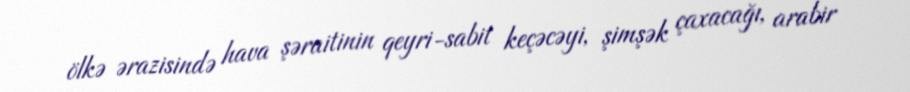
ölkə ərazisində hava şəraitinin qeyri-sabit keçəcəyi, şimşək çaxacağı, arabir